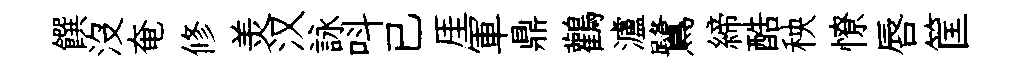
饌沒奄修羙汉詠呌已厓軍鼎鸛瀘鷺締酷秧憭唇筐